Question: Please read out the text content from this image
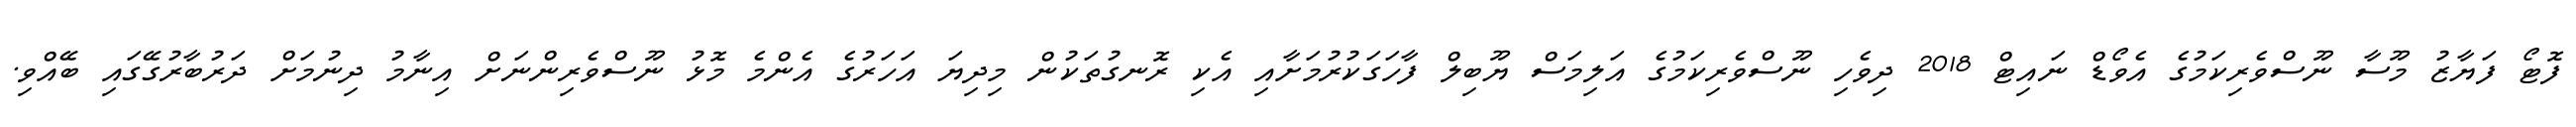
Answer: ފޮޓޯ ފަޔާޒު މޫސާ ނޫސްވެރިކަމުގެ އެވޯޑް ނައިޓް 2018 ދިވެހި ނޫސްވެރިކަމުގެ އަލިމަސް ޔޫބިލް ފާހަގަކުރުމަށާއި އެކި ރޮނގުތަކުން މިދިޔަ އަހަރުގެ އެންމެ މޮޅު ނޫސްވެރިންނަށް އިނާމު ދިނުމަށް ދަރުބާރުގޭގައި ބޭއްވި.